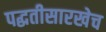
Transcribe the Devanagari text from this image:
पद्धतीसारखेच